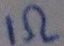
Text: 1Ω